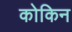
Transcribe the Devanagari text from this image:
कोकिन